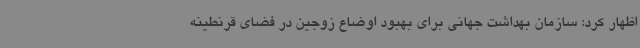
اظهار کرد: سازمان بهداشت جهانی برای بهبود اوضاع زوجین در فضای قرنطینه